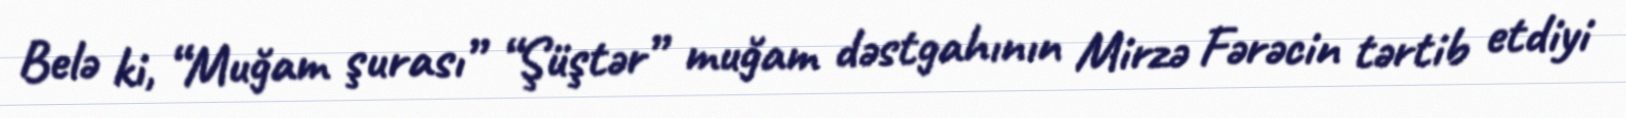
Belə ki, “Muğam şurası” “Şüştər” muğam dəstgahının Mirzə Fərəcin tərtib etdiyi